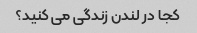
کجا در لندن زندگی می کنید؟